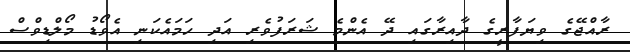
ރާއްޖޭގެ ވިޔަފާރީގެ ދާއިރާގައި ދޭ އެންމެ ޝަރަފުވެރި އަދި ހަމައެކަނި އެވޯޑު މޯލްޑިވްސް